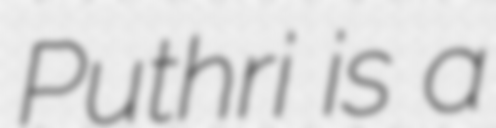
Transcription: Puthri is a